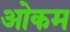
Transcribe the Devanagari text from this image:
ओकम